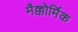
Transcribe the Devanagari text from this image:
मैक्कोर्मिक